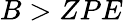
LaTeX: B>ZPE